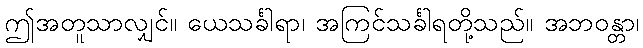
ဤအတူသာလျှင်။ ယေသင်္ခါရာ၊ အကြင်သင်္ခါရတို့သည်။ အဘဝန္တာ၊